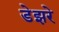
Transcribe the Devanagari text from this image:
डेझरे